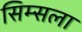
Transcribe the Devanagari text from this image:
सिम्सला